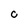
Character: C